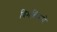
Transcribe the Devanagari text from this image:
विभक्तिरूपे